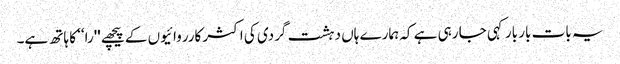
یہ بات بار بار کہی جا رہی ہے کہ ہمارے ہاں دہشت گردی کی اکثر کارروائیوں کے پیچھے ''را‘‘ کا ہاتھ ہے۔